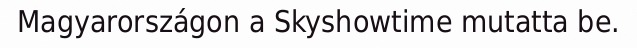
Magyarországon a Skyshowtime mutatta be.